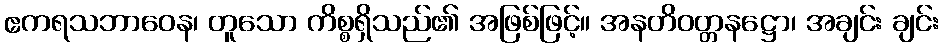
ဧကရသဘာဝေန၊ တူသော ကိစ္စရှိသည်၏ အဖြစ်ဖြင့်။ အနတိဝတ္တနဋ္ဌော၊ အချင်း ချင်း